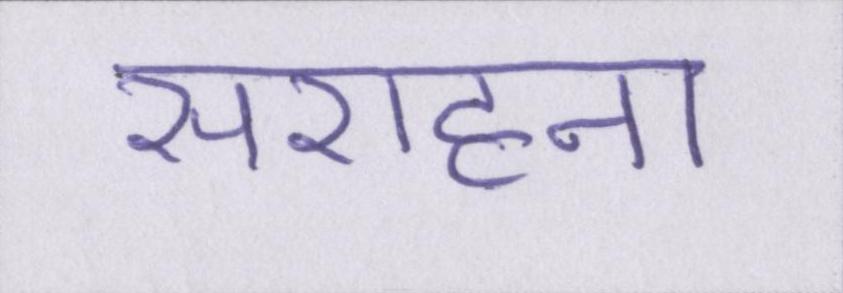
सराहना